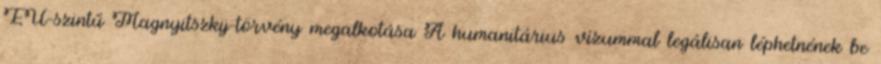
EU-szintű Magnyitszkij-törvény megalkotása A humanitárius vízummal legálisan léphetnének be